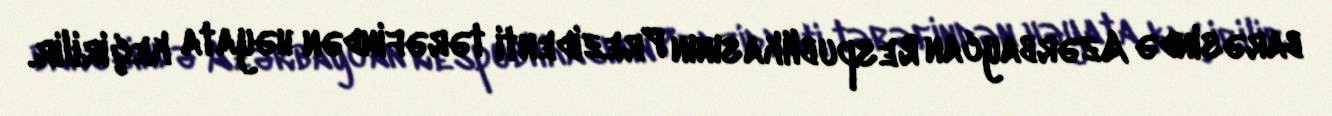
barəsində Azərbaycan Respublikasının Prezidenti tərəfindən həyata keçirilir.